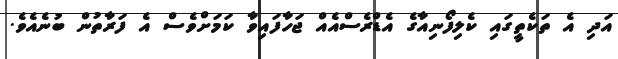
އަދި އެ ތަކެތީގައި ކެލިފޯނިއާގެ އެޑްރެސްއެއް ޖަހާފައިވާ ކަމަށްވެސް އެ ފަރާތުން ބުނެއެވެ.